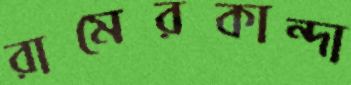
রামেরকান্দা